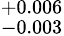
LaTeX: _{-0.003}^{+0.006}